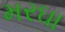
મરઘા